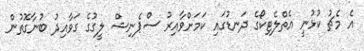
އެ މެޗު ކުޅުނީ އެތްލެޓިކޯގެ ދަނޑުގައި ކަމަށްވާއިރު ސްޕެނިޝް ލީގުގެ ގަވާއިދު ބުނާގޮތުން